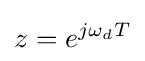
z=e^{j\omega _{d}T}